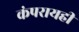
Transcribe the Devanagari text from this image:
कंपरायही